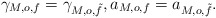
\begin{align*}\gamma_{M, o, f} = \gamma_{M, o, \tilde{f}},a_{M, o, f} = a_{M, o, \tilde{f}}.\end{align*}